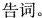
告词。